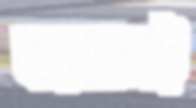
ফয়সালই